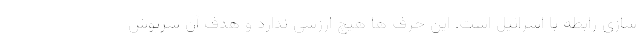
سازی رابطه با اسرائیل است. این حرف ها هیچ ارزشی ندارد و هدف آن سرپوش